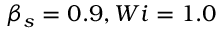
\beta _ { s } = 0 . 9 , W i = 1 . 0